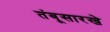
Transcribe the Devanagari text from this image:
तंबूसारखे